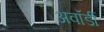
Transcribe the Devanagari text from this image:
अवॉर्डी